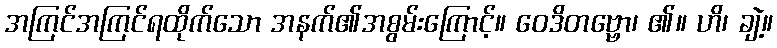
အကြင်အကြင်ရထိုက်သော အနက်၏အစွမ်းကြောင့်။ ဝေဒိတဗ္ဗော၊ ၏။ ဟိ၊ ချဲ့။